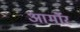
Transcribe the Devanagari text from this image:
आर्माॅर